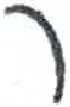
אות: ר